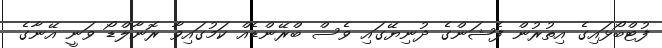
ފުޓްބޯޅައިގެ އިތުރުން ފެޝަންގެ ދުނިޔޭގައި ވެސް ބްރޭންޑެއް ކަމުގައިވާ ރޮނާލްޑޯ ވަނީ އޭނާގެ